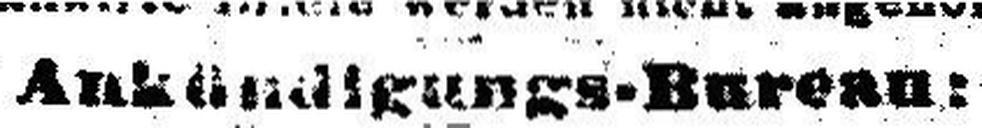
Ankündigungs-Bureau: